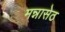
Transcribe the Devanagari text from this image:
मन्नासेठ